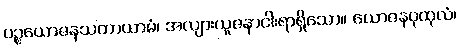
ပဉ္စယောဇနသတာယာမံ၊ အလျားယူဇနာငါးရာရှိသော။ ယောဇနပုထုလံ၊